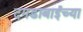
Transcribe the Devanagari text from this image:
दगडाबाईच्या